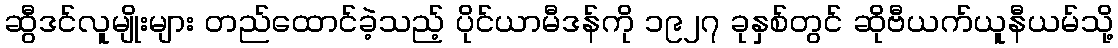
ဆွီဒင်လူမျိုးများ တည်ထောင်ခဲ့သည့် ပိုင်ယာမီဒန်ကို ၁၉၂၇ ခုနှစ်တွင် ဆိုဗီယက်ယူနီယမ်သို့